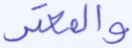
والمعتر